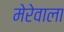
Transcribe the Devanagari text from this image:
मेरेवाला